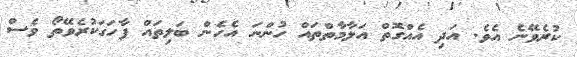
ކުރެވޭނެ އެވެ. އަދި އެއްގޮތް އަލާމާތްތައް ހުންނަ އެހެން ބަލިތައް ފާހަގަކުރެވޭތޯ ވެސް